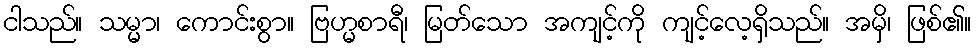
ငါသည်။ သမ္မာ၊ ကောင်းစွာ။ ဗြဟ္မစာရီ၊ မြတ်သော အကျင့်ကို ကျင့်လေ့ရှိသည်။ အမှိ၊ ဖြစ်၏။